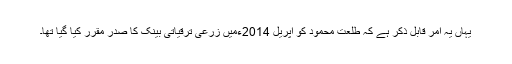
یہاں یہ امر قابل ذکر ہے کہ طلعت محمود کو اپریل 2014ءمیں زرعی ترقیاتی بینک کا صدر مقرر کیا گیا تھا۔